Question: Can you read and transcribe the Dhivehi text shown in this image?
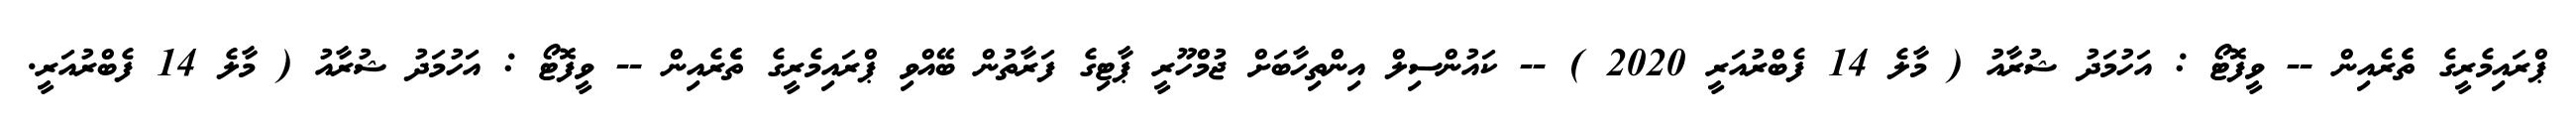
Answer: ޕްރައިމެރީގެ ތެެރެއިން -- ވީފޮޓޯ : އަހުމަދު ޝުރާއު ( މާލެ 14 ފެބްރުއަރީ 2020 ) -- ކައުންސިލް އިންތިހާބަށް ޖުމްހޫރީ ޕާޓިގެ ފަރާތުން ބޭއްވި ޕްރައިމެރީގެ ތެެރެއިން -- ވީފޮޓޯ : އަހުމަދު ޝުރާއު ( މާލެ 14 ފެބްރުއަރީ.